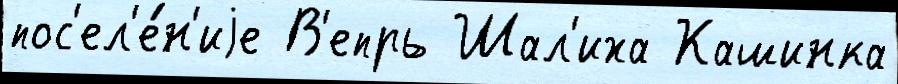
пос'ел'е́н'иjе В'епрь Шал'иха Кашинка